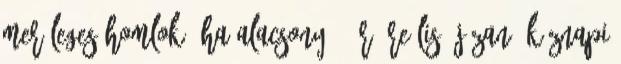
Merőleges homlok, ha alacsony 6. r. reális, józan, köznapi